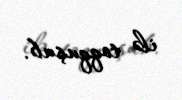
ilə toqquşub.